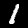
Label: 1